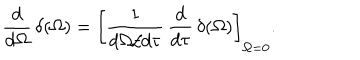
{ \frac { d } { d \Omega } } \, \delta ( \Omega ) = \left[ { \frac { 1 } { d \Omega / d \tau } } \, { \frac { d } { d \tau } } \, \delta ( \Omega ) \right] _ { \Omega = 0 } .